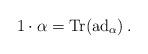
LaTeX: \begin{align*} 1\cdot \alpha = \mathrm{Tr}(\mathrm{ad}_\alpha)\,. \end{align*}